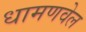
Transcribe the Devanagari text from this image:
धामणवेल